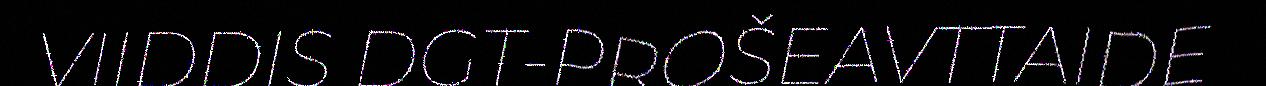
VIIDDIS DGT-PROŠEAVTTAIDE